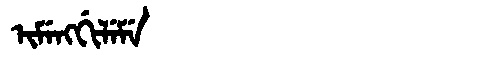
Manchu: ᡳᠮᡝᠩᡤᡳᠯᡝᠮᡝ
Romanization: IMENGGILEME